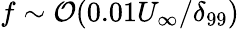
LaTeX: f\sim\mathcal{O}(0.01U_{\infty}/\delta_{99})